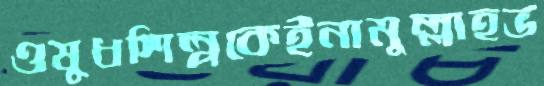
ওষুধশিল্পকেইনামুল্লাহভ